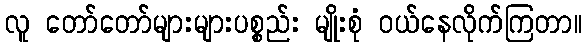
လူ တော်တော်များများပစ္စည်း မျိုးစုံ ဝယ်နေလိုက်ကြတာ။